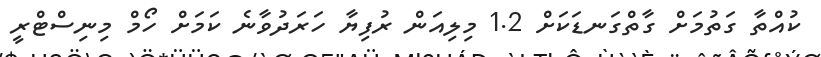
ކުއްތާ ގަތުމަށް ގާތްގަނޑަކަށް 1.2 މިލިއަން ރުފިޔާ ހަރަދުވާނެ ކަމަށް ހޯމް މިނިސްޓްރީ